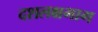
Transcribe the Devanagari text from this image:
दशलक्षभाग